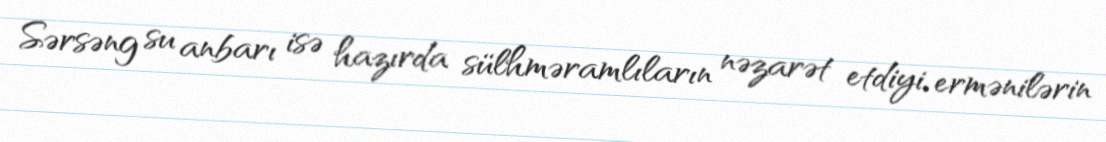
Sərsəng su anbarı isə hazırda sülhməramlıların nəzarət etdiyi, ermənilərin